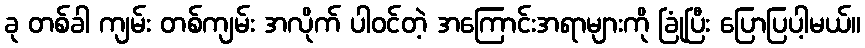
ခု တစ်ခါ ကျမ်း တစ်ကျမ်း အလိုက် ပါဝင်တဲ့ အကြောင်းအရာများကို ခြုံပြီး ပြောပြပါ့မယ်။